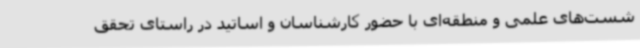
شست‌های علمی و منطقه‌ای با حضور کارشناسان و اساتید در راستای تحقق